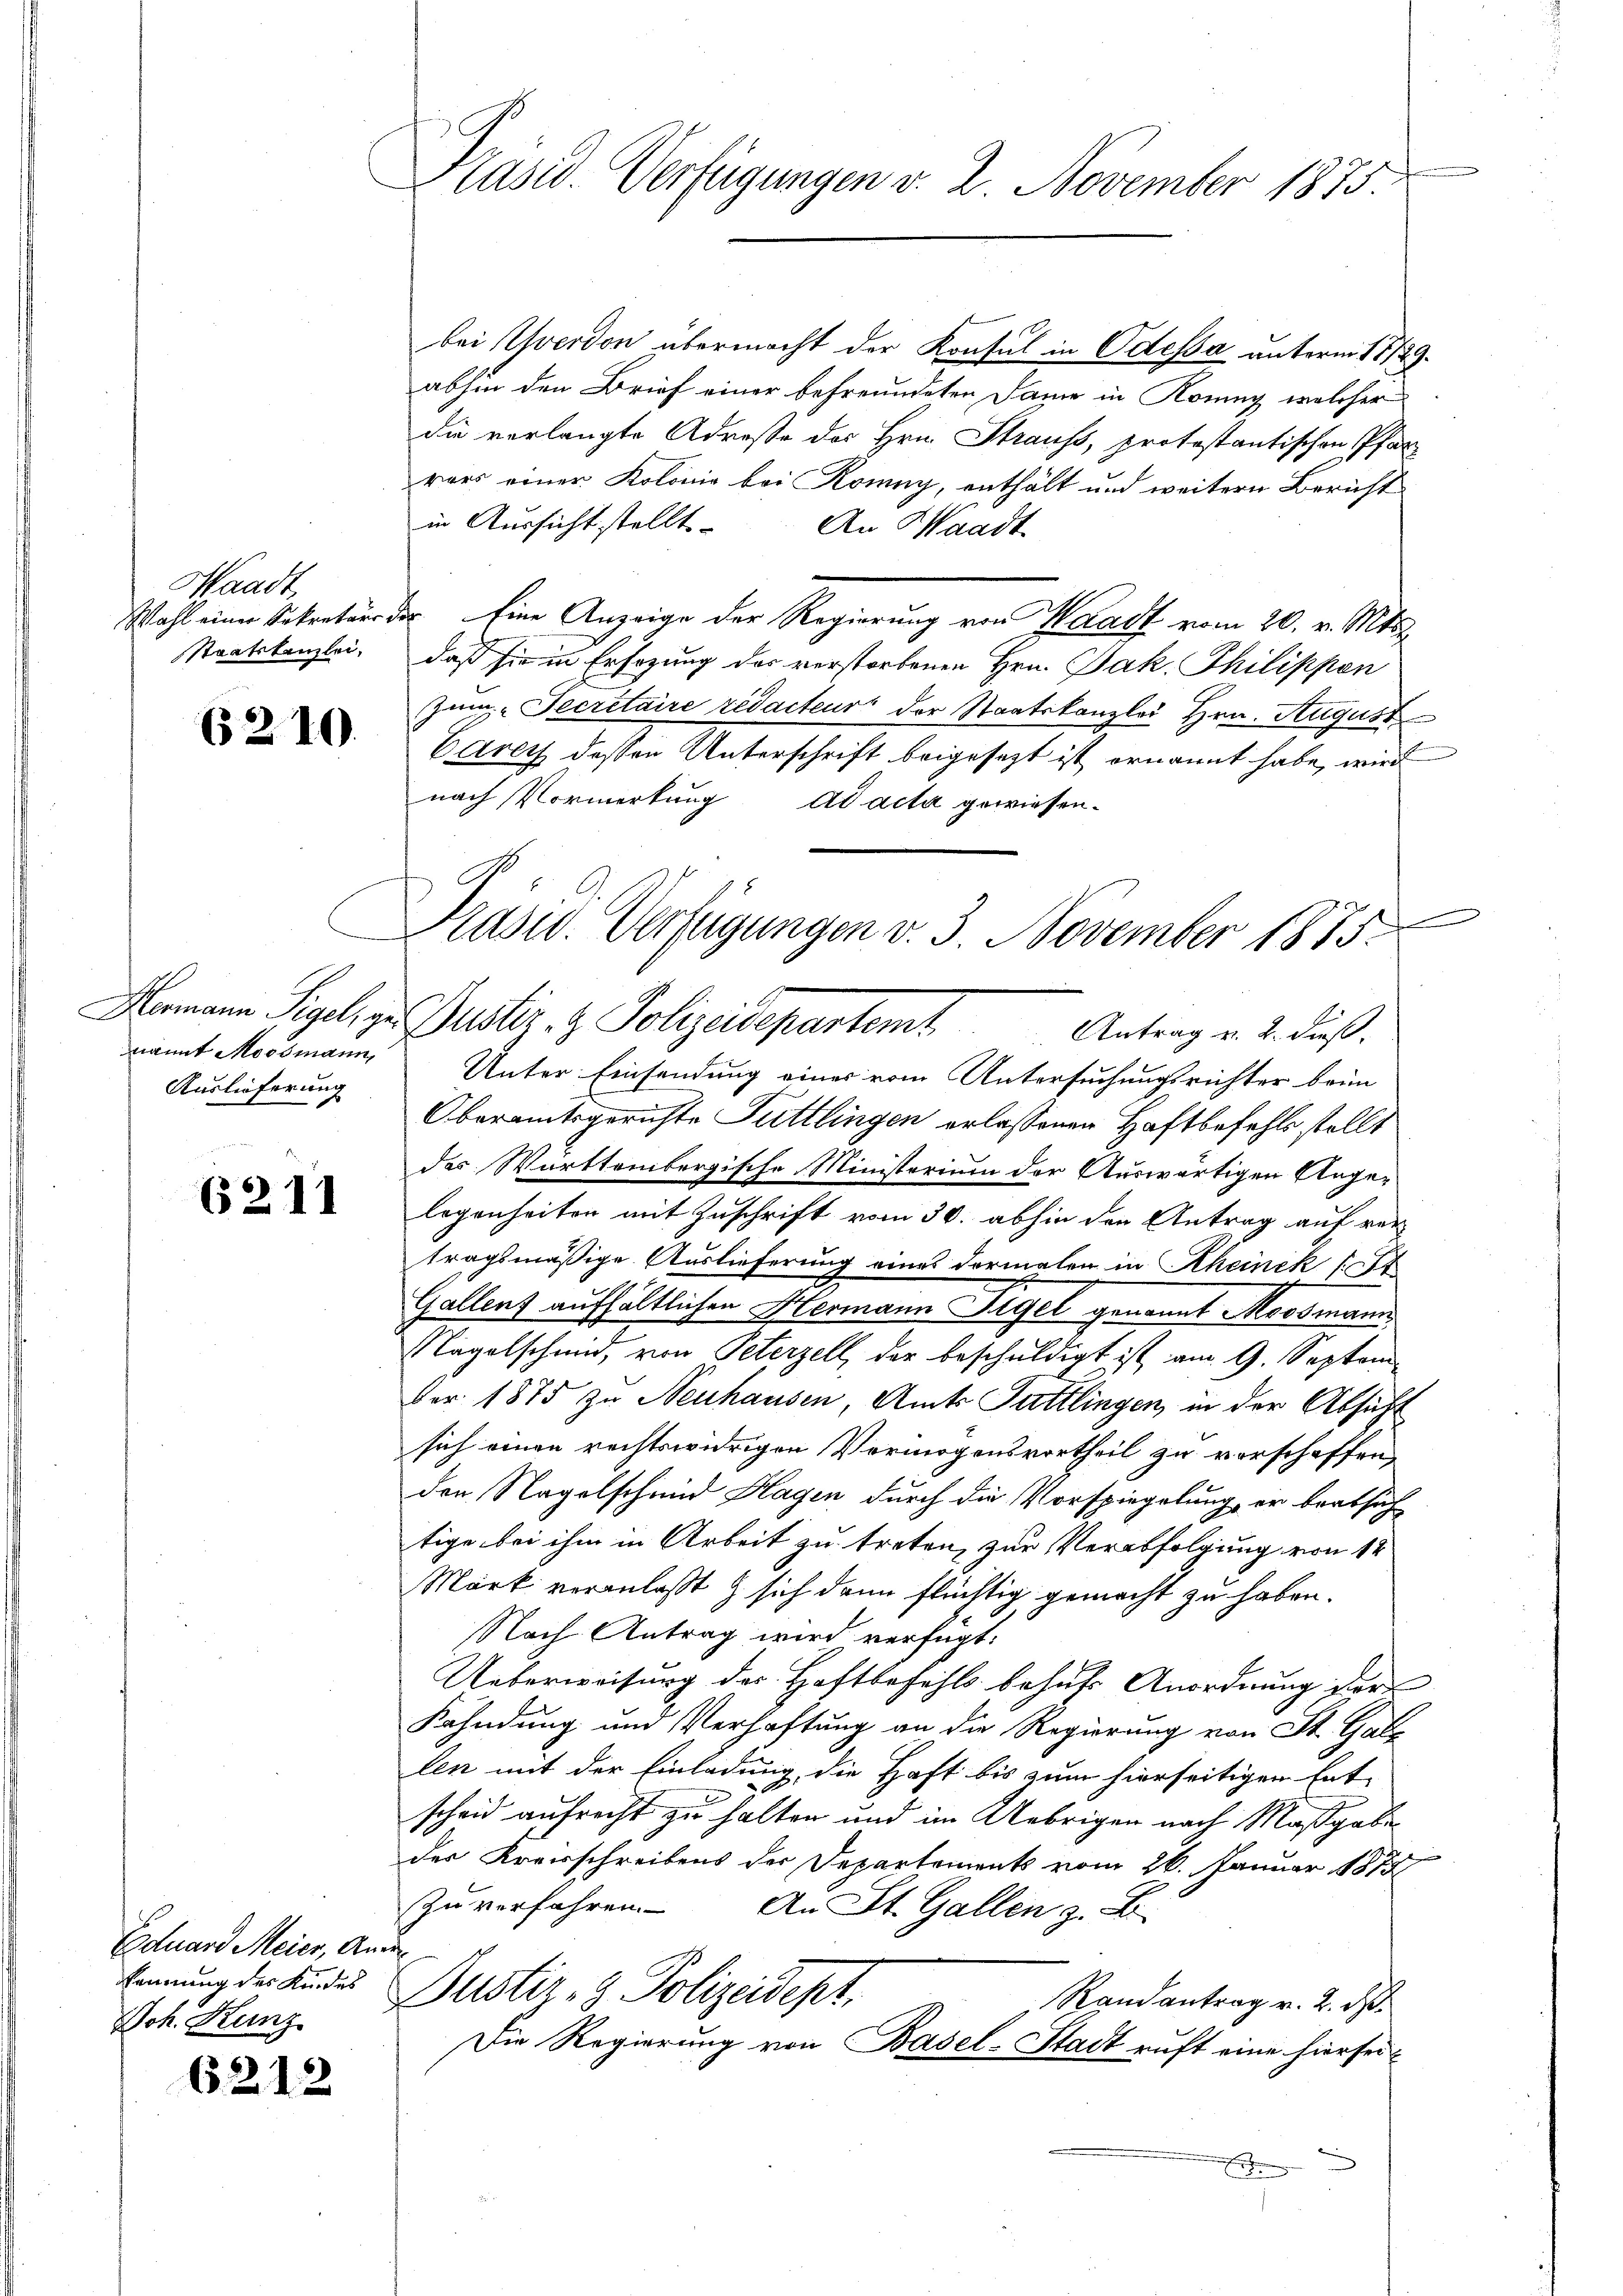
Waadt,
Staatskanzlei.

6210.

Hermann Sigel, genannt Moosmann,
Auslieferung

6211

Eduard Meier, Ankennung des Kindes
Joh. Kanz

6212

Präsid. Verfügungen v. 2. November 1875

.

bei verdon übermacht der Konsul in Odessa unterm 11te
abhin den Brief einer befreundeten Dauer in Konig, welcher
die verlangte Adresse des Hrn. Straufs, protestantischen Pfar
rars einer Kolonie bei Konny, enthält und weitern Bericht
in Aussicht stellt.
An Waadt
Wahl einer Sekretär der Eine Anzeige der Regierung von Waadt vom 20. v. Mts.
daß sie in Ersezung des verstorbenen Hrn. Jak. Philippen
Zum-Secretaire redacteur der Staatskanzlei Hrn. August
Carey dessen Unterschrift beigesezt ist ernannt habe, wird
nach Vormerkung ad acta gewiesen¬
Unter Einsendung eines vom Untersuchungsrichter beim
Oberamtsgerichte Füttlingen erlassenen Haftbefehls stellt
des Württembergische Ministerium der Auswärtigen Angelegenheiten mit Zuschrift vom 30. abhin der Antrag auf vertragsmäßige Auslieferung eines dormalen in Rheinek (1
Gallenz aufhältlichen Hermann Sigel genannt Moosmann
Nagelschmid, von Peterzell, der beschuldigt ist am 9. Septem
Fer 1875 zu Neuhausen, Amts Tuttlingen, in der Absicht
sich einen rechtswidrigen Vermögensvortheil zu verschaffen,
den Nagelschmid Hagen durch die Vorspiegelung, er beabsich
tige bei ihm in Arbeit zu treten, zur Verabfolgung von 12
Mark veranlaßt & sich dann flüchtig gemacht zu haben.
Nach Antrag wird verfügt:
Ueberweisung des Haftbefehls behufs Anordnung der
Kahndung und Verhaftung an die Regierung von St. Gal
len mit der Einladung, die Haft bis zum hierseitigen Ent-
scheid aufrecht zu halten und im Uebrigen nach Maßgabe
der Kreisschreibens der Departements vom 26. Januar 1875
Zu verfahren. An St. Gallen z. B.
t
Justiz- & Polizeidept.
Randantrag v. 2. ds.
Die Regierung von Basel-Stadt ruft eine hiersei¬
E

Präsid. Verfügungen v. 3. November 1875.
Puster- & Polizeidepartamt Antrag v. 2. dieß.

9.